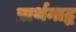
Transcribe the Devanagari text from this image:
प्रार्थनाद्ध